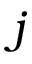
j